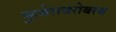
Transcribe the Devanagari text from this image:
कुबेराबरोबरच